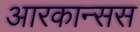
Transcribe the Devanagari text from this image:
आरकान्सस